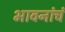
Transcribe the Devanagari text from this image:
भावनांचं